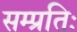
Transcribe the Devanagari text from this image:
सम्प्रतिः